Vaccination in Burma 1900-1911 - 1900-1911
Year: 1900
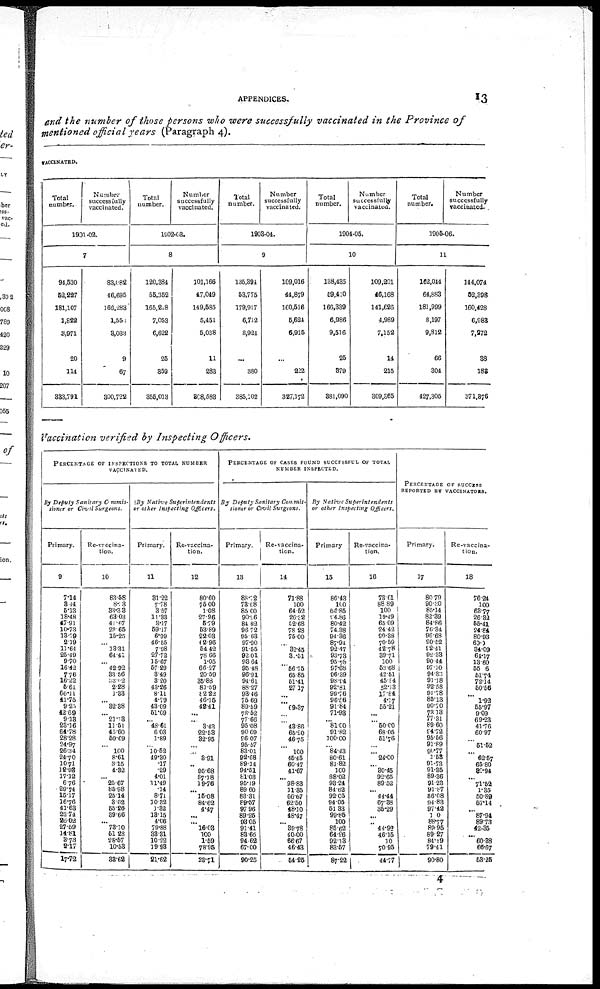
APPENDICES.
13
and the number of those persons who were successfully vaccinated in the Province of
mentioned official years (Paragraph 4).
VACCINATED.
Total
number.
Number
successfully
vaccinated.
1901-02.
7
94,530
52,227
181,107
1,822
3,971
20
114
333,791
83,082
46,695
166,283
1,553
3,033
9
67
300,722
Total
number.
Number
successfully
vaccinated.
1902-03.
8
120,384
55,352
165,218
7,053
6,622
25
359
355,013
101,166
47,049
149,585
5,451
5,038
11
283
308,583
Total
number.
Number
successfully
vaccinated.
1903-04.
9
135,394
53,775
179,917
6,712
8,924
...
380
385,102
109,016
44,879
160,516
5,624
6,915
...
222
327,172
Total
number.
Number
successfully
vaccinated.
1904-05.
10
138,435
59,410
166,339
6,986
9,516
25
379
381,090
109,201
46,168
141,626
4,989
7,152
14
215
309,365
Total
number.
Number
successfully
vaccinated.
1905-06.
11
162,044
64,883
181,999
8,197
9,812
66
304
427,305
144,074
52,398
160,428
6,983
7,272
38
188
371,876
Vaccination verified by Inspecting Officers.
PERCENTAGE OF INSPECTIONS TO TOTAL NUMBER
VACCINATED.
By Deputy Sanitary Commis¬
sioner or Civil Surgeons.
Primary.
9
7.14
8.44
5.13
18.48
47.91
10.73
13.79
2.19
11.64
25.49
9.70
16.42
7.76
16.22
5.61
60.11
41.75
9.25
42.69
9.13
23.16
64.78
28.28
24.97
26.34
24.70
10.71
12.03
17.12
6.76
29.74
15.17
16.76
41.63
22.74
26.02
27.59
14.81
3.73
2.17
17.72
Re-vaccina-
tion.
10
83.58
8.13
33.33
63.03
41.67
23.65
15.25
...
13.31
64.41
... 42.92
33.56
33.02
2.28
1.33
... 32.38
...
21.13
11.51
45.60
59.69
... 100
8.61
3.15
4.32
... 25.67
85.98
25.14
3.62
55.26
39.66
... 73.10
51.23
28.57
10.53
33.62
By Native
Superintendents
or other Inspecting Officers.
Primary.
11
31.22
7.78
3.57
11.33
3.17
59.17
6.99
46.55
7.98
27.72
15.67
57.29
3.49
3.20
43.26
8.11
4.79
43.09
51.09
... 48.61
6.03
1.89
... 10.52
49.30
.17
.29
4.01
11.49
.14
8.71
10.32
1.32
13.15
4.06
79.88
33.31
10.22
19.93
21.62
Re-vaccina-
tion.
12
80.60
75.00
1.08
27.96
5.79
53.89
22.03
62.96
54.42
78.66
1.05
66.27
20.59
35.88
81.59
82.22
46.15
42.41
...
... 3.43
22.53
32.95
... ... 3.91
...
95.68
87.18
19.76
...
15.08
84.62
4.47
...
... 16.03
100
1.59
78.95
23.71
PERCENTAGE OF CASES FOUND SUCCESSFUL OF TOTAL
NUMBER INSPECTED.
By Deputy Sanitary Commis¬
sioner or Civil Surgeons.
Primary.
13
88.72
73.08
85.00
90.26
84.82
96.72
95.63
97.90
91.55
92.01
93.64
95.48
96.91
94.61
88.27
93.46
75.69
89.59
78.52
77.66
95.08
90.69
96.07
95.57
83.01
92.68
89.14
94.51
81.03
95.19
89.60
83.31
89.57
97.96
89.25
93.05
91.41
83.66
94.62
67.00
90.25
Re-vaccina-
tion.
14
71.88
100
64.52
26.32
52.68
78.28
75.00
...
32.45
31.51
...
56.75
65.85
51.41
27.17
...
...
69.37
...
...
43.86
65.20
46.75
...
100
45.45
60.47
41.67
...
98.83
11.35
66.67
62.50
48.10
48.47
...
39.78
40.00
66.67
46.43
54.25
By Native Superintendents
or other Inspecting Officers.
Primary
15
86.43
100
66.85
94.86
80.42
74.38
94.86
87.94
92.47
93.73
95.78
97.68
96.39
98.84
92.81
99.76
96.56
91.84
71.93
... 81.00
91.82
100.00
... 84.43
80.61
81.82
100
88.02
93.24
84.62
92.05
94.05
51.33
99.85
100
85.62
64.96
92.13
83.57
87.22
Re-vaccina-
tion.
16
73.61
88.89
100
19.49
65.09
24.42
90.38
70.59
42.78
39.71
100
53.68
42.51
45.84
52.13
17.84
4.17
55.21
...
... 50.00
68.05
51.76
...
... 24.00
... 30.45
92.65
89.52
... 44.44
67.38
35.29
... ... 44.92
46.15
10
70.95
44.77
PERCENTAGE OF SUCCESS
REPORTED BY VACCINATORS.
Primary.
17
80.79
90.30
85.14
82.39
84.86
76.34
96.68
90.52
92.41
92.33
90.44
97.10
94.33
91.18
92.58
94.78
85.13
90.70
73.13
77.31
89.60
94.72
95.56
91.89
90.77
1.53
91.73
91.35
89.36
91.23
91.87
86.08
94.83
97.42
100
88.77
89.95
89.27
84.19
79.41
90.80
Re-vaccina-
tion.
18
76.24
100
63.77
26.32
55.41
24.84
80.93
60.0
34.09
64.17
13.60
55.6
51.74
72.14
50.56
...
1.92
55.97
9.09
69.23
41.76
60.97
...
51.52
...
62.57
65.80
85.94
...
71.52
1.35
50.89
57.14
...
87.94
89.73
42.35
... 60.38
66.67
53.25
4